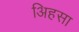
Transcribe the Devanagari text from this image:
अिहसा